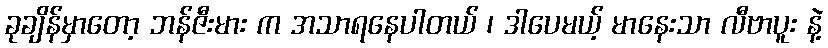
ခုချိန်မှာတော့ ဘန်ဇီးမား က အသာရနေပါတယ် ၊ ဒါပေမယ့် မာနေးသာ လီဗာပူး နဲ့